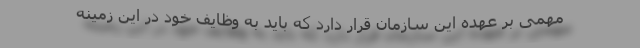
مهمی بر عهده این سازمان قرار دارد که باید به وظایف خود در این زمینه